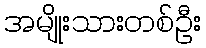
အမျိုးသားတစ်ဦး